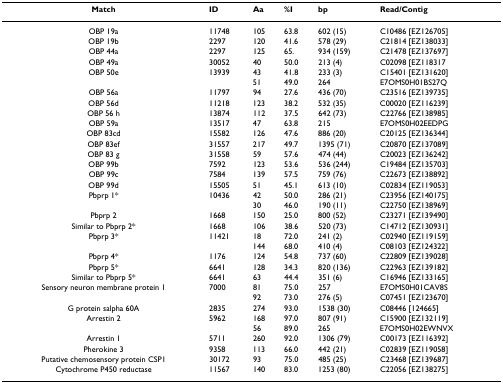
<table><thead><tr><td><b>Match</b></td><td><b>ID</b></td><td><b>Aa</b></td><td><b>%I</b></td><td><b>bp</b></td><td><b>Read/Contig</b></td></tr></thead><tbody><tr><td>OBP 19a</td><td>11748</td><td>105</td><td>63.8</td><td>602 (15)</td><td>C10486 [EZ126705]</td></tr><tr><td>OBP 19b</td><td>2297</td><td>120</td><td>41.6</td><td>578 (29)</td><td>C21814 [EZ138033]</td></tr><tr><td>OBP 44a</td><td>2297</td><td>125</td><td>65.</td><td>934 (159)</td><td>C21478 [EZ137697]</td></tr><tr><td>OBP 49a</td><td>30052</td><td>40</td><td>50.0</td><td>213 (4)</td><td>C02098 [EZ118317</td></tr><tr><td>OBP 50e</td><td>13939</td><td>43</td><td>41.8</td><td>233 (3)</td><td>C15401 [EZ131620]</td></tr><tr><td></td><td></td><td>51</td><td>49.0</td><td>264</td><td>E7OMS0H01BS27Q</td></tr><tr><td>OBP 56a</td><td>11797</td><td>94</td><td>27.6</td><td>436 (70)</td><td>C23516 [EZ139735]</td></tr><tr><td>OBP 56d</td><td>11218</td><td>123</td><td>38.2</td><td>532 (35)</td><td>C00020 [EZ116239]</td></tr><tr><td>OBP 56 h</td><td>13874</td><td>112</td><td>37.5</td><td>642 (73)</td><td>C22766 [EZ138985]</td></tr><tr><td>OBP 59a</td><td>13517</td><td>47</td><td>63.8</td><td>215</td><td>E7OMS0H02EEDPG</td></tr><tr><td>OBP 83cd</td><td>15582</td><td>126</td><td>47.6</td><td>886 (20)</td><td>C20125 [EZ136344]</td></tr><tr><td>OBP 83ef</td><td>31557</td><td>217</td><td>49.7</td><td>1395 (71)</td><td>C20870 [EZ137089]</td></tr><tr><td>OBP 83 g</td><td>31558</td><td>59</td><td>57.6</td><td>474 (44)</td><td>C20023 [EZ136242]</td></tr><tr><td>OBP 99b</td><td>7592</td><td>123</td><td>53.6</td><td>536 (244)</td><td>C19484 [EZ135703]</td></tr><tr><td>OBP 99c</td><td>7584</td><td>139</td><td>57.5</td><td>759 (76)</td><td>C22673 [EZ138892]</td></tr><tr><td>OBP 99d</td><td>15505</td><td>51</td><td>45.1</td><td>613 (10)</td><td>C02834 [EZ119053]</td></tr><tr><td>Pbprp 1*</td><td>10436</td><td>42</td><td>50.0</td><td>286 (21)</td><td>C23956 [EZ140175]</td></tr><tr><td></td><td></td><td>30</td><td>46.0</td><td>190 (11)</td><td>C22750 [EZ138969]</td></tr><tr><td>Pbprp 2</td><td>1668</td><td>150</td><td>25.0</td><td>800 (52)</td><td>C23271 [EZ139490]</td></tr><tr><td>Similar to Pbprp 2*</td><td>1668</td><td>106</td><td>38.6</td><td>520 (73)</td><td>C14712 [EZ130931]</td></tr><tr><td>Pbprp 3*</td><td>11421</td><td>18</td><td>72.0</td><td>241 (2)</td><td>C02940 [EZ119159]</td></tr><tr><td></td><td></td><td>144</td><td>68.0</td><td>410 (4)</td><td>C08103 [EZ124322]</td></tr><tr><td>Pbprp 4*</td><td>1176</td><td>124</td><td>54.8</td><td>737 (60)</td><td>C22809 [EZ139028]</td></tr><tr><td>Pbprp 5*</td><td>6641</td><td>128</td><td>34.3</td><td>820 (136)</td><td>C22963 [EZ139182]</td></tr><tr><td>Similar to Pbprp 5*</td><td>6641</td><td>63</td><td>44.4</td><td>351 (6)</td><td>C16946 [EZ133165]</td></tr><tr><td>Sensory neuron membrane protein 1</td><td>7000</td><td>81</td><td>75.0</td><td>257</td><td>E7OMS0H01CAV8S</td></tr><tr><td></td><td></td><td>92</td><td>73.0</td><td>276 (5)</td><td>C07451 [EZ123670]</td></tr><tr><td>G protein salpha 60A</td><td>2835</td><td>274</td><td>93.0</td><td>1538 (30)</td><td>C08446 [124665]</td></tr><tr><td>Arrestin 2</td><td>5962</td><td>168</td><td>97.0</td><td>807 (91)</td><td>C15900 [EZ132119]</td></tr><tr><td></td><td></td><td>56</td><td>89.0</td><td>265</td><td>E7OMS0H02EWNVX</td></tr><tr><td>Arrestin 1</td><td>5711</td><td>260</td><td>92.0</td><td>1306 (79)</td><td>C00173 [EZ116392]</td></tr><tr><td>Pherokine 3</td><td>9358</td><td>113</td><td>66.0</td><td>442 (21)</td><td>C02839 [EZ119058]</td></tr><tr><td>Putative chemosensory protein CSP1</td><td>30172</td><td>93</td><td>75.0</td><td>485 (25)</td><td>C23468 [EZ139687]</td></tr><tr><td>Cytochrome P450 reductase</td><td>11567</td><td>140</td><td>83.0</td><td>1253 (80)</td><td>C22056 [EZ138275]</td></tr></tbody></table>